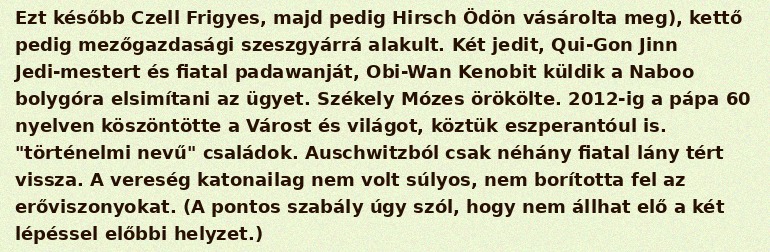
Ezt később Czell Frigyes, majd pedig Hirsch Ödön vásárolta meg), kettő pedig mezőgazdasági szeszgyárrá alakult. Két jedit, Qui-Gon Jinn Jedi-mestert és fiatal padawanját, Obi-Wan Kenobit küldik a Naboo bolygóra elsimítani az ügyet. Székely Mózes örökölte. 2012-ig a pápa 60 nyelven köszöntötte a Várost és világot, köztük eszperantóul is. "történelmi nevű" családok. Auschwitzból csak néhány fiatal lány tért vissza. A vereség katonailag nem volt súlyos, nem borította fel az erőviszonyokat. (A pontos szabály úgy szól, hogy nem állhat elő a két lépéssel előbbi helyzet.)